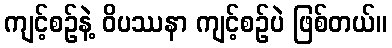
ကျင့်စဉ်နဲ့ ဝိပဿနာ ကျင့်စဉ်ပဲ ဖြစ်တယ်။